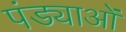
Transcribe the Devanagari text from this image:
पंड्याओं